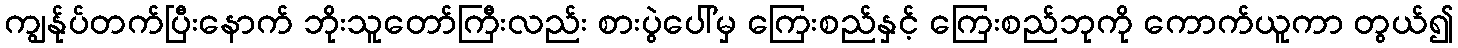
ကျွန်ုပ်တက်ပြီးနောက် ဘိုးသူတော်ကြီးလည်း စားပွဲပေါ်မှ ကြေးစည်နှင့် ကြေးစည်ဘုကို ကောက်ယူကာ တွယ်၍